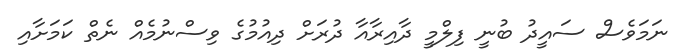
ނަމަވެސް ސައީދު ބުނީ ފިލްމީ ދާއިރާއާ ދުރަށް ދިއުމުގެ ވިސްނުމެއް ނެތް ކަމަށާއި